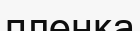
пленка